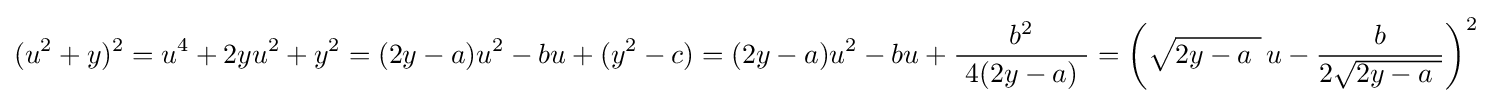
(u^{2}+y)^{2}=u^{4}+2yu^{2}+y^{2}=(2y-a)u^{2}-bu+(y^{2}-c)=(2y-a)u^{2}-bu+{\frac {b^{2}}{\ 4(2y-a)\ }}=\left({\sqrt {2y-a\ }}\,u-{\frac {b}{2{\sqrt {2y-a\ }}}}\right)^{2}\